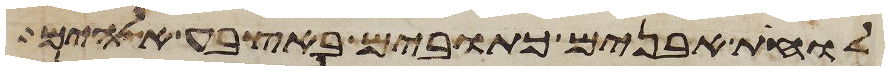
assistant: לוחת אבנים כתובים באצבע אלהים